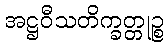
အဋ္ဌဝီသတိက္ခတ္တုဉ္စ